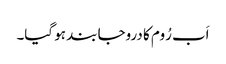
اَب رُوم کا دروجا بند ہو گیا۔